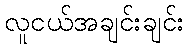
လူငယ်အချင်းချင်း